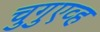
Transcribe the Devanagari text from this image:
चुगुएव्ह